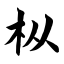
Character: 枞